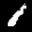
Label: 1